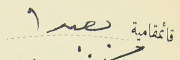
قائمقامية بعبدا